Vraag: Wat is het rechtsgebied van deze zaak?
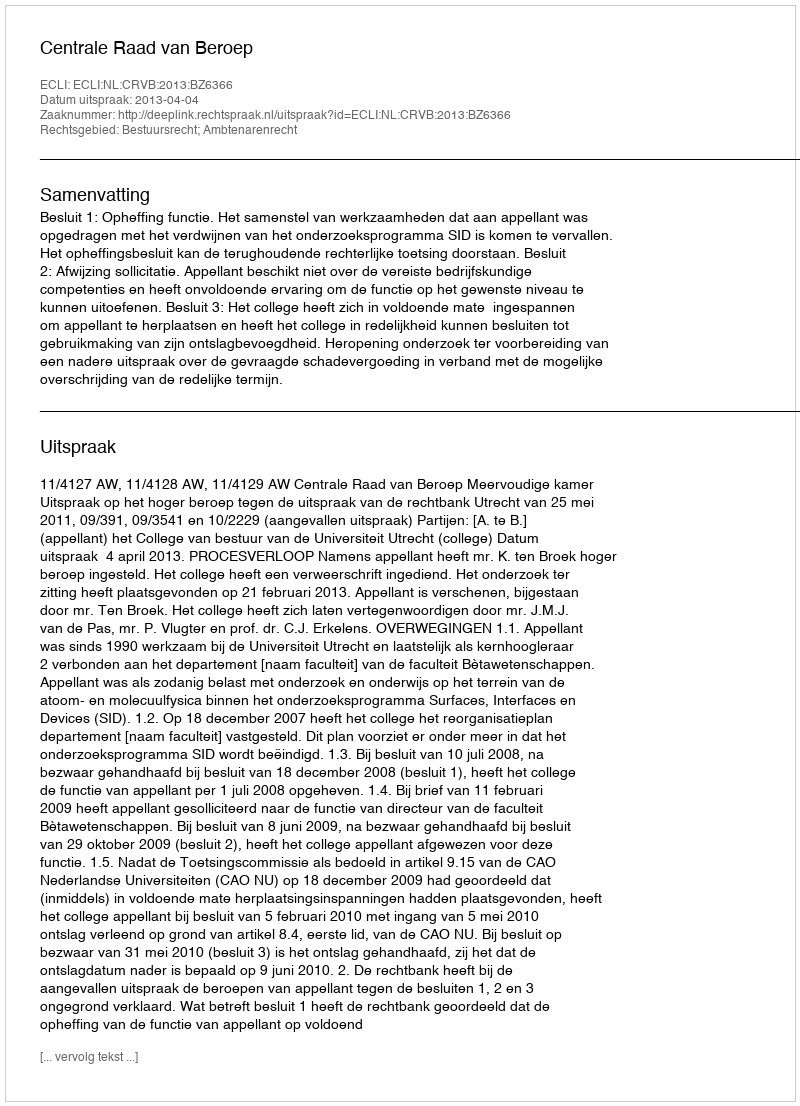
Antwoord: Bestuursrecht; Ambtenarenrecht